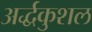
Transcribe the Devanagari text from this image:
अर्द्धकुशल